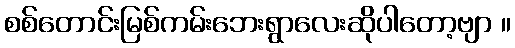
စစ်တောင်းမြစ်ကမ်းဘေးရွာလေးဆိုပါတော့ဗျာ ။